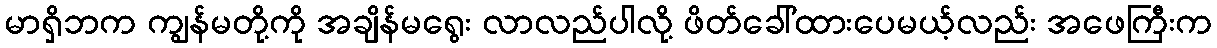
မာရှိဘက ကျွန်မတို့ကို အချိန်မရွေး လာလည်ပါလို့ ဖိတ်ခေါ်ထားပေမယ့်လည်း အဖေကြီးက